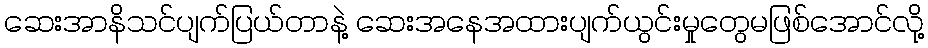
ဆေးအာနိသင်ပျက်ပြယ်တာနဲ့ ဆေးအနေအထားပျက်ယွင်းမှုတွေမဖြစ်အောင်လို့